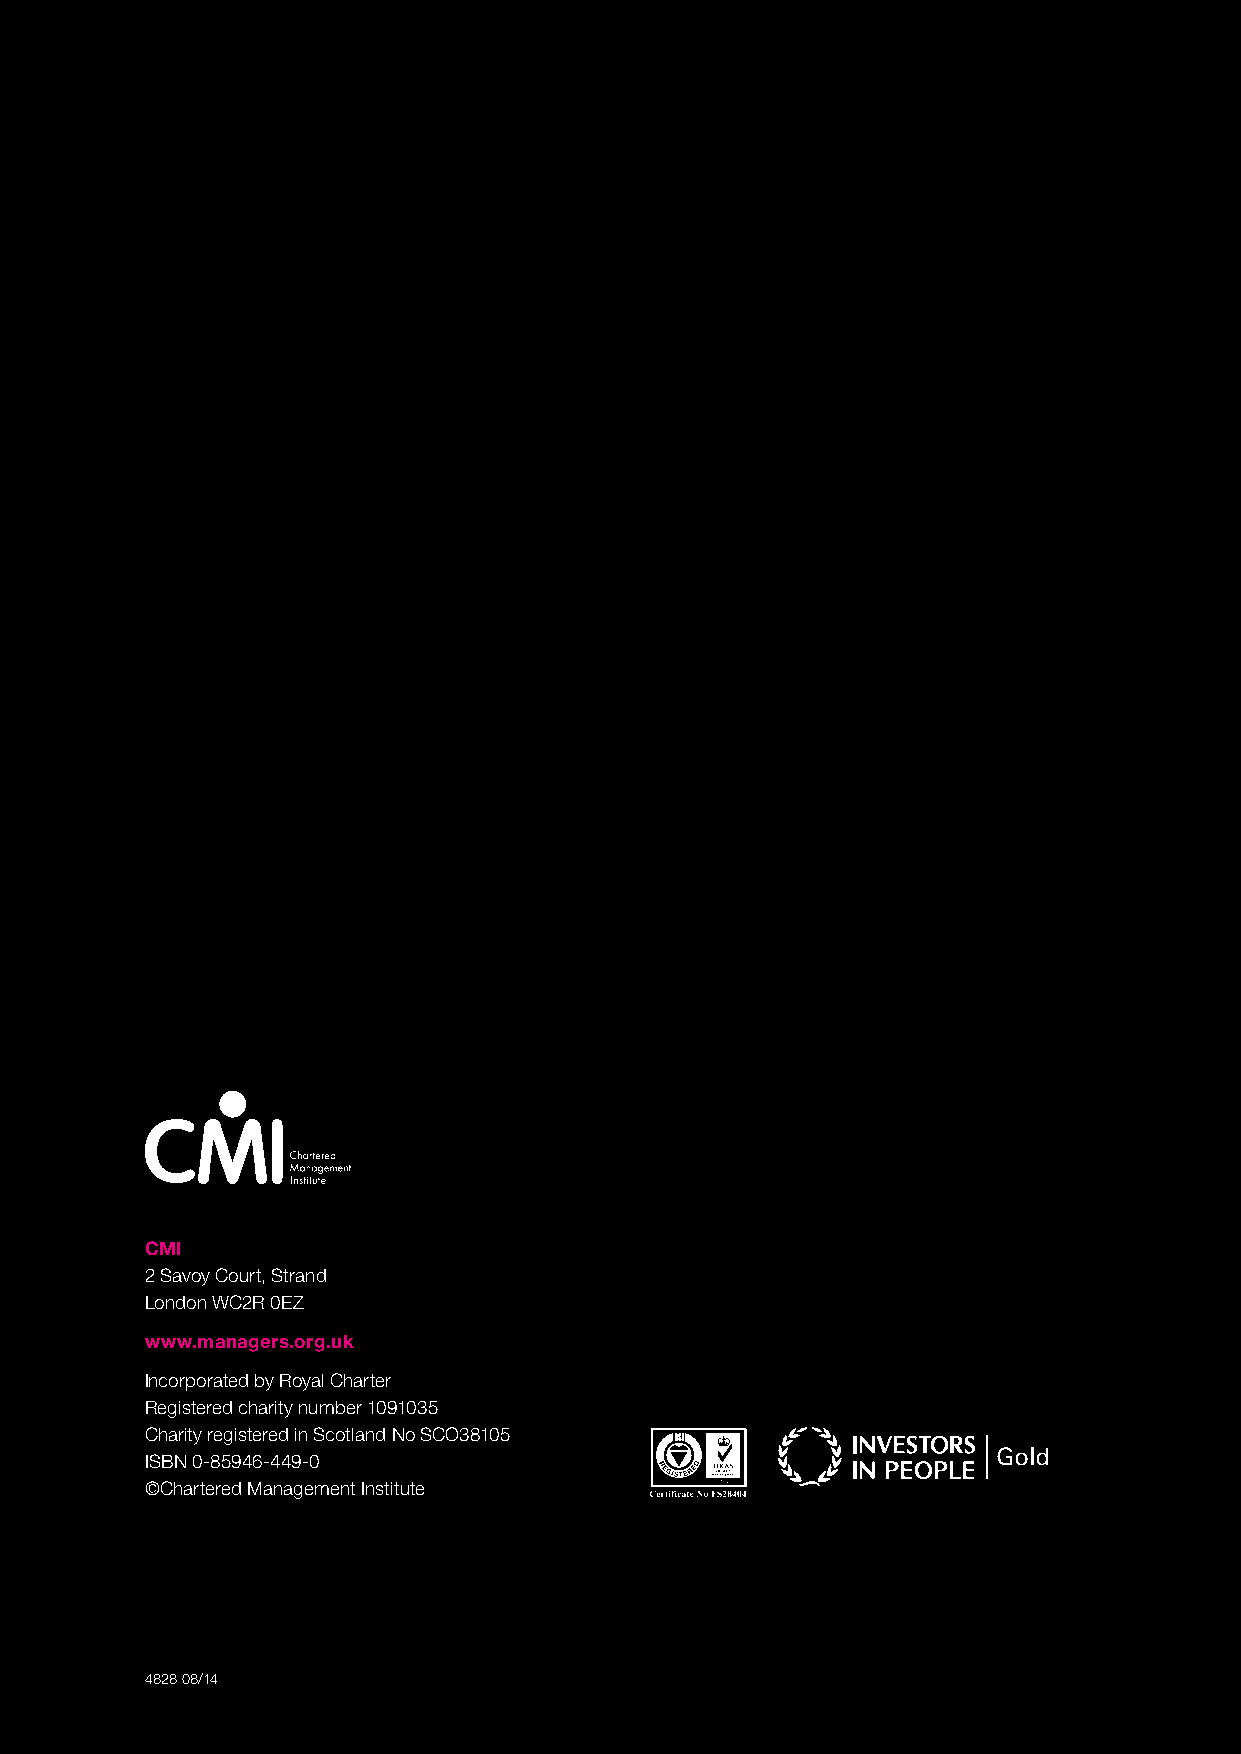
CMI
 2 Savoy Court, Strand
 London WC2R 0EZ
 www.managers.org.uk
 Incorporated by Royal Charter
 Registered charity number 1091035
 Charity registered in Scotland No SCO38105
 ISBN 0-85946-449-0
 ©Chartered Management Institute
 4828 08/14